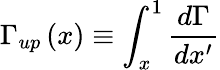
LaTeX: \Gamma_{up}\left(x\right)\equiv\int_{x}^{1}\frac{d\Gamma}{dx^{\prime}}